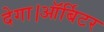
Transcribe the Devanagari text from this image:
देगा।ऑर्बिटर